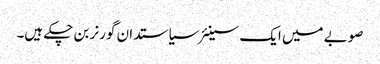
صوبے میں ایک سینئر سیاستدان گورنر بن چکے ہیں۔